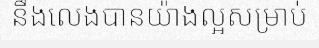
នឹងលេងបានយ៉ាងល្អសម្រាប់